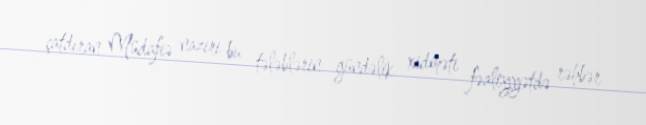
çatdıran Müdafiə naziri bu tələblərin gündəlik xidməti fəaliyyətdə rəhbər